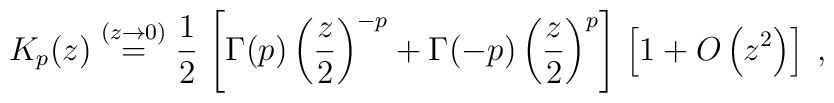
K_{p}(z)        \stackrel{(z \rightarrow 0)}{=}  \frac{1}{2} \,\left[\Gamma (p) \left(\frac{z}{2} \right)^{-p}+\Gamma (-p) \left(\frac{z}{2} \right)^{p}\right]\,\left[1 +O \left(z^{2} \right)\right]\; ,